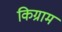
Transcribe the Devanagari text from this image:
किग्राम